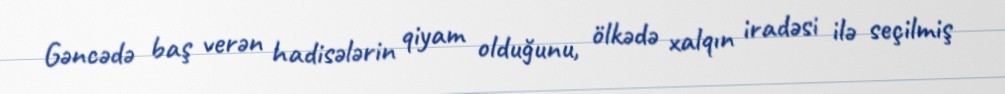
Gəncədə baş verən hadisələrin qiyam olduğunu, ölkədə xalqın iradəsi ilə seçilmiş